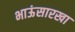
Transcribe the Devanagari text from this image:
भाऊंसारखा